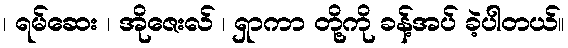
၊ ရမ်ဆေး ၊ အိုဇေးလ် ၊ ရှာကာ တို့ကို ခန့်အပ် ခဲ့ပါတယ်။